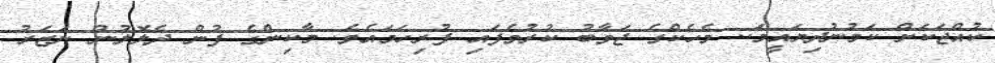
ކުއްޖަކަށް ކަމުނުދިޔައީމަ.. މެހެކްގެ ޖަވާބު ކުރުވެފައި ފުރިހަމައެވެ. މާކިންގެ ފުން ދެލޮލުން ނަޒަރު